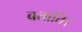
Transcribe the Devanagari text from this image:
बताति।